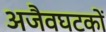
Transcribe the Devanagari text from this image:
अजैवघटकों